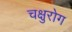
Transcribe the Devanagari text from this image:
चक्षुरोग